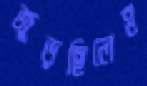
জুড়ছিলেম